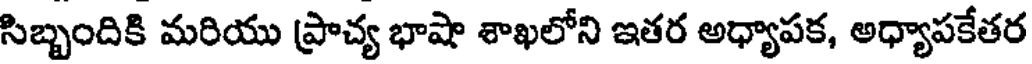
సిబ్బందికి మరియు ప్రాచ్య భాషా శాఖలోని ఇతర అధ్యాపక, అధ్యాపకేతర